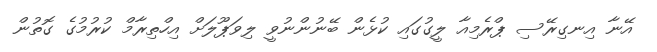
އޭނާ އިނގިރޭސި ޕްރެމިއާ ލީގުގައި ކުޅެން ބޭނުންނުވީ ލިވަޕޫލަށް އިހްތިރާމް ކުރުމުގެ ގޮތުން